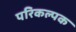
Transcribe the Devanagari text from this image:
परिकल्पक